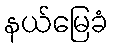
နယ်မြေခံ